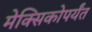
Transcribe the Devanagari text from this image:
मेक्सिकोपर्यंत